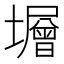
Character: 𡒸